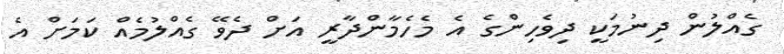
ގެއްލުން ދިނުމަކީ ދިވެހިންގެ އެ މެހެމާންދާރީ އަށް ދެވޭ ގެއްލުމެއް ކަމަށް އެ